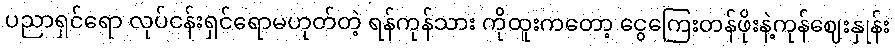
ပညာရှင်ရော လုပ်ငန်းရှင်ရောမဟုတ်တဲ့ ရန်ကုန်သား ကိုထူးကတော့ ငွေကြေးတန်ဖိုးနဲ့ကုန်ဈေးနှုန်း